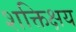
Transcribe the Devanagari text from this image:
शक्तिक्षय